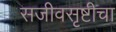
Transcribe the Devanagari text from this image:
सजीवसृष्टीचा